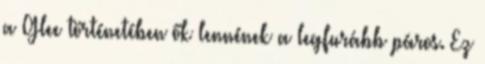
a Glee történetében ők lennének a legfurább páros. Ez